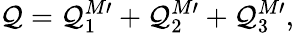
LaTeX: \mathcal{Q}=\mathcal{Q}_{1}^{M\prime}+\mathcal{Q}_{2}^{M\prime}+\mathcal{Q}_{3}^{M\prime},